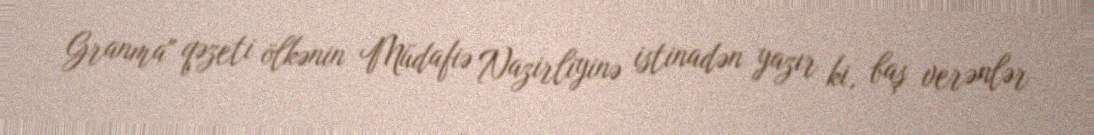
Granma" qəzeti ölkənin Müdafiə Nazirliyinə istinadən yazır ki, baş verənlər